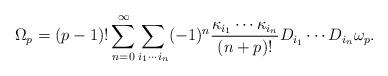
LaTeX: \begin{align*}\Omega_p=(p-1)!\sum_{n=0}^\infty\sum_{i_1\cdots i_n}(-1)^n{\kappa_{i_1}\cdots \kappa_{i_n}\over (n+p)!}D_{i_1}\cdots D_{i_n}\omega_p.\end{align*}